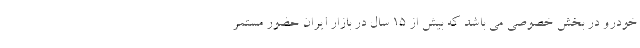
خودرو در بخش خصوصی می باشد که بیش از 15 سال در بازار ایران حضور مستمر